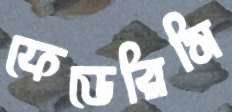
ফেডেরিসি